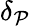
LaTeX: \delta_{\mathcal{P}}